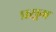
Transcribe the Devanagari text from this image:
प्रसूम